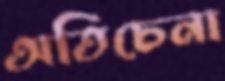
অতিচেনা